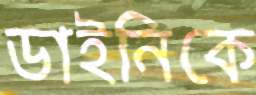
ডাইনিকে